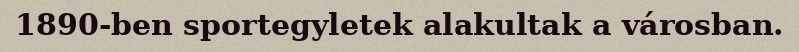
1890-ben sportegyletek alakultak a városban.